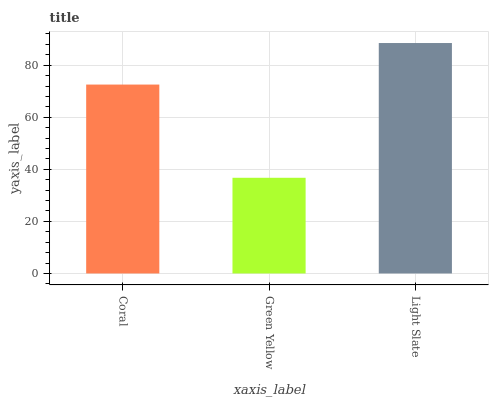
| xaxis_label | bars |
 | --- | --- |
 | Coral | 72.6 |
 | Green Yellow | 36.8 |
 | Light Slate | 88.5 |